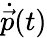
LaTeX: \dot{\vec{p}}(t)